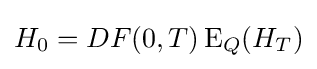
H_{0}=DF(0,T)\operatorname {E} _{Q}(H_{T})